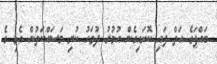
ބައްޕަގެ އަތް ފައި ކޮށައިގެން އުމުރު ދުވަހު ކުރި މަސައްކަތުން އެޅި ގެ